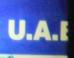
u.a.e